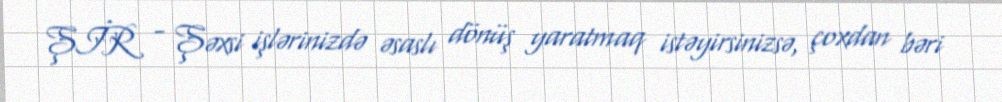
ŞİR - Şəxsi işlərinizdə əsaslı dönüş yaratmaq istəyirsinizsə, çoxdan bəri